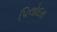
પિલોદરા